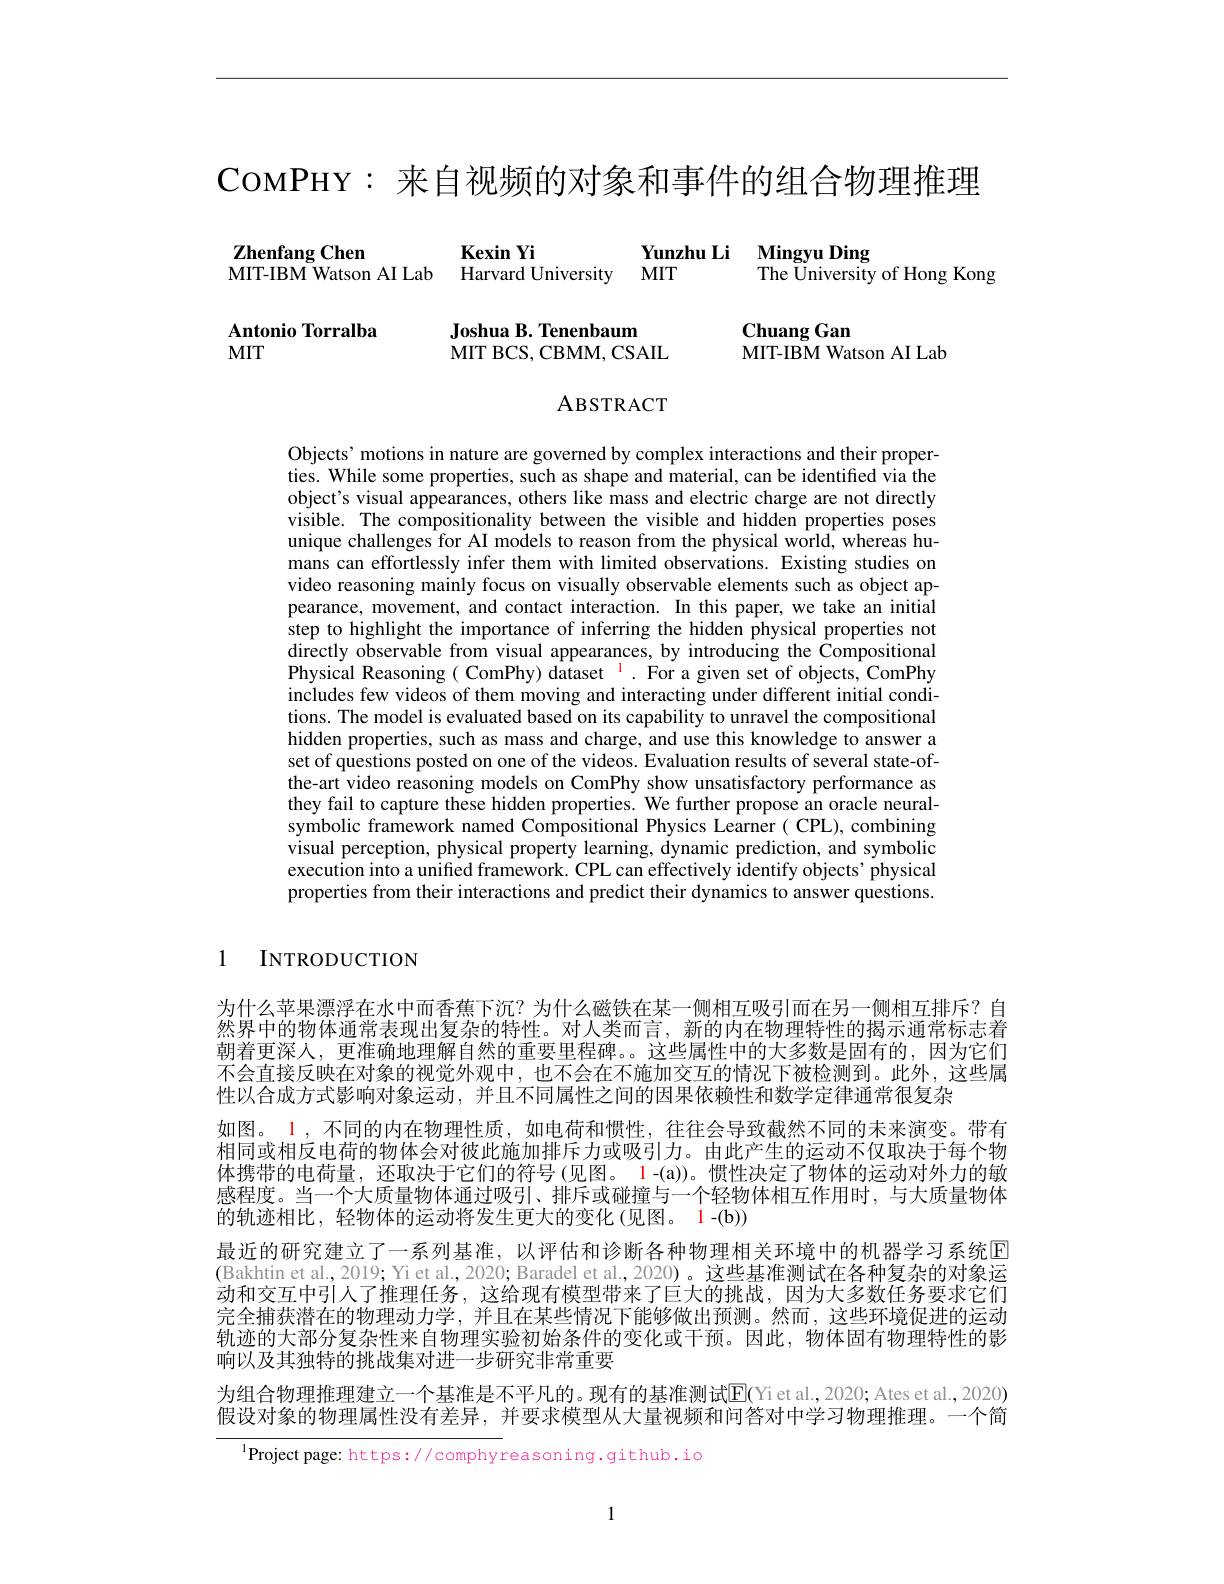
COMPHY: 来自视频的对象和事件的组合物理推理

$\mathbf{ZhenfangChen}$
Kexin Yi
Yunzhu Li Mingyu Ding
$\bar{\mathrm{MIT-IBM}}$ Watson AI Lab
Harvard University MIT
The University of Hong Kong

Joshua B. Tenenbaum
MITBCS, CBMM, CSAIL

$\mathbf{ChuangGan}$
MIT-IBM Watson AI Lab

Antonio Torralba
MIT

ABSTRACT

Objects' motions in nature are governed by complex interactions and their properties. While some properties, such as shape and material, can be identified via the object's visual appearances, others like mass and electric charge are not directly visible. The compositionality between the visible and hidden properties poses unique challenges for AI models to reason from the physical world, whereas humans can effortlessly infer them with limited observations. Existing studies on video reasoning mainly focus on visually observable elements such as object appearance, movement, and contact interaction. In this paper, we take an initial step to highlight the importance of inferring the hidden physical properties not $\hat{\text{directly observable from visual appearances, by introducing the Compositional}}$ Physical Reasoning( ComPhy) dataset $^{1}.$ For a given set of objects, ComPhy includes few videos of them moving and interacting under different initial conditions. The model is evaluated based on its capability to unravel the compositional hidden properties, such as mass and charge, and use this knowledge to answer a set of questions posted on one of the videos. Evaluation results of several state-ofthe-art video reasoning models on ComPhy show unsatisfactory performance as they fail to capture these hidden properties. We further propose an oracle neuralsymbolic framework named Compositional Physics Learner( CPL), combining visual perception, physical property learning, dynamic prediction, and symbolic execution into a unified framework. CPL can effectively identify objects' physical properties from their interactions and predict their dynamics to answer questions.

1 INTRODUCTION

为什么苹果漂浮在水中而香蕉下沉？为什么磁铁在某一侧相互吸引而在另一侧相互排斥？自然界中的物体通常表现出复杂的特性。对人类而言，新的内在物理特性的揭示通常标志着朝着更深人，更准确地理解自然的重要里程碑。。这些属性中的大多数是固有的，因为它们不会直接反映在对象的视觉外观中，也不会在不施加交互的情况下被检测到。此外，这些属性以合成方式影响对象运动，并且不同属性之间的因果依赖性和数学定律通常很复杂
如图。1 ,不同的内在物理性质，如电荷和惯性，往往会导致截然不同的未来演变。带有相同或相反电荷的物体会对彼此施加排斥力或吸引力。由此产生的运动不仅取决于每个物体携带的电荷量，还取决于它们的符号(见图。1-(a))。惯性决定了物体的运动对外力的敏感程度。当一个大质量物体通过吸引、排斥或碰撞与一个轻物体相互作用时，与大质量物体的轨迹相比，轻物体的运动将发生更大的变化(见图。1-(b))
最近的研究建立了一系列基准，以评估和诊断各种物理相关环境中的机器学习系统$\color{red}{\boxed{\Gamma}}$ (Bakhtin et al., 2019; Yi et al., 2020; Baradel et al., 2020)。这些基准测试在各种复杂的对象运动和交互中引人了推理任务，这给现有模型带来了巨大的挑战，因为大多数任务要求它们完全捕获潜在的物理动力学，并且在某些情况下能够做出预测。然而，这些环境促进的运动轨迹的大部分复杂性来自物理实验初始条件的变化或干预。因此，物体固有物理特性的影响以及其独特的挑战集对进一步研究非常重要
为组合物理推理建立一个基准是不平凡的。现有的基准测试$\mathbb{E}($Yiet al.,2020; Ates et al.,2020) 假设对象的物理属性没有差异，并要求模型从大量视频和问答对中学习物理推理。一个简

$^{1}$Project page: https://comphyreasoning.github.io

1